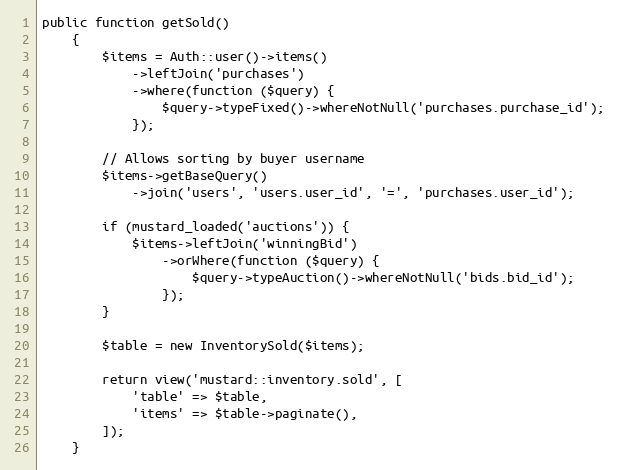
Language: PHP
public function getSold()
    {
        $items = Auth::user()->items()
            ->leftJoin('purchases')
            ->where(function ($query) {
                $query->typeFixed()->whereNotNull('purchases.purchase_id');
            });

        // Allows sorting by buyer username
        $items->getBaseQuery()
            ->join('users', 'users.user_id', '=', 'purchases.user_id');

        if (mustard_loaded('auctions')) {
            $items->leftJoin('winningBid')
                ->orWhere(function ($query) {
                    $query->typeAuction()->whereNotNull('bids.bid_id');
                });
        }

        $table = new InventorySold($items);

        return view('mustard::inventory.sold', [
            'table' => $table,
            'items' => $table->paginate(),
        ]);
    }